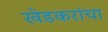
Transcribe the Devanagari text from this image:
खेडकरांचा